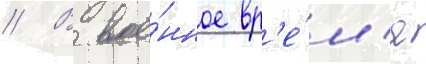
// В вое́нное вр'е́м'я